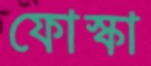
ফোস্কা